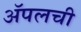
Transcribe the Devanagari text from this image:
अॅपलची